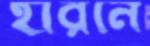
হারনে